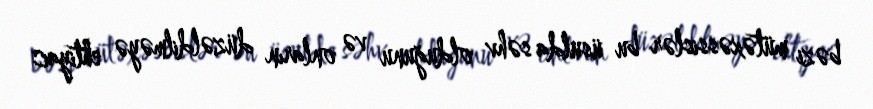
bəzi mütəxəssislər bu üsulda səhv olduğunu və onların düzəldilməyə ehtiyac